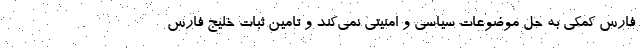
فارس کمکی به حل موضوعات سیاسی و امنیتی نمی‌کند و تامین ثبات خلیج فارس